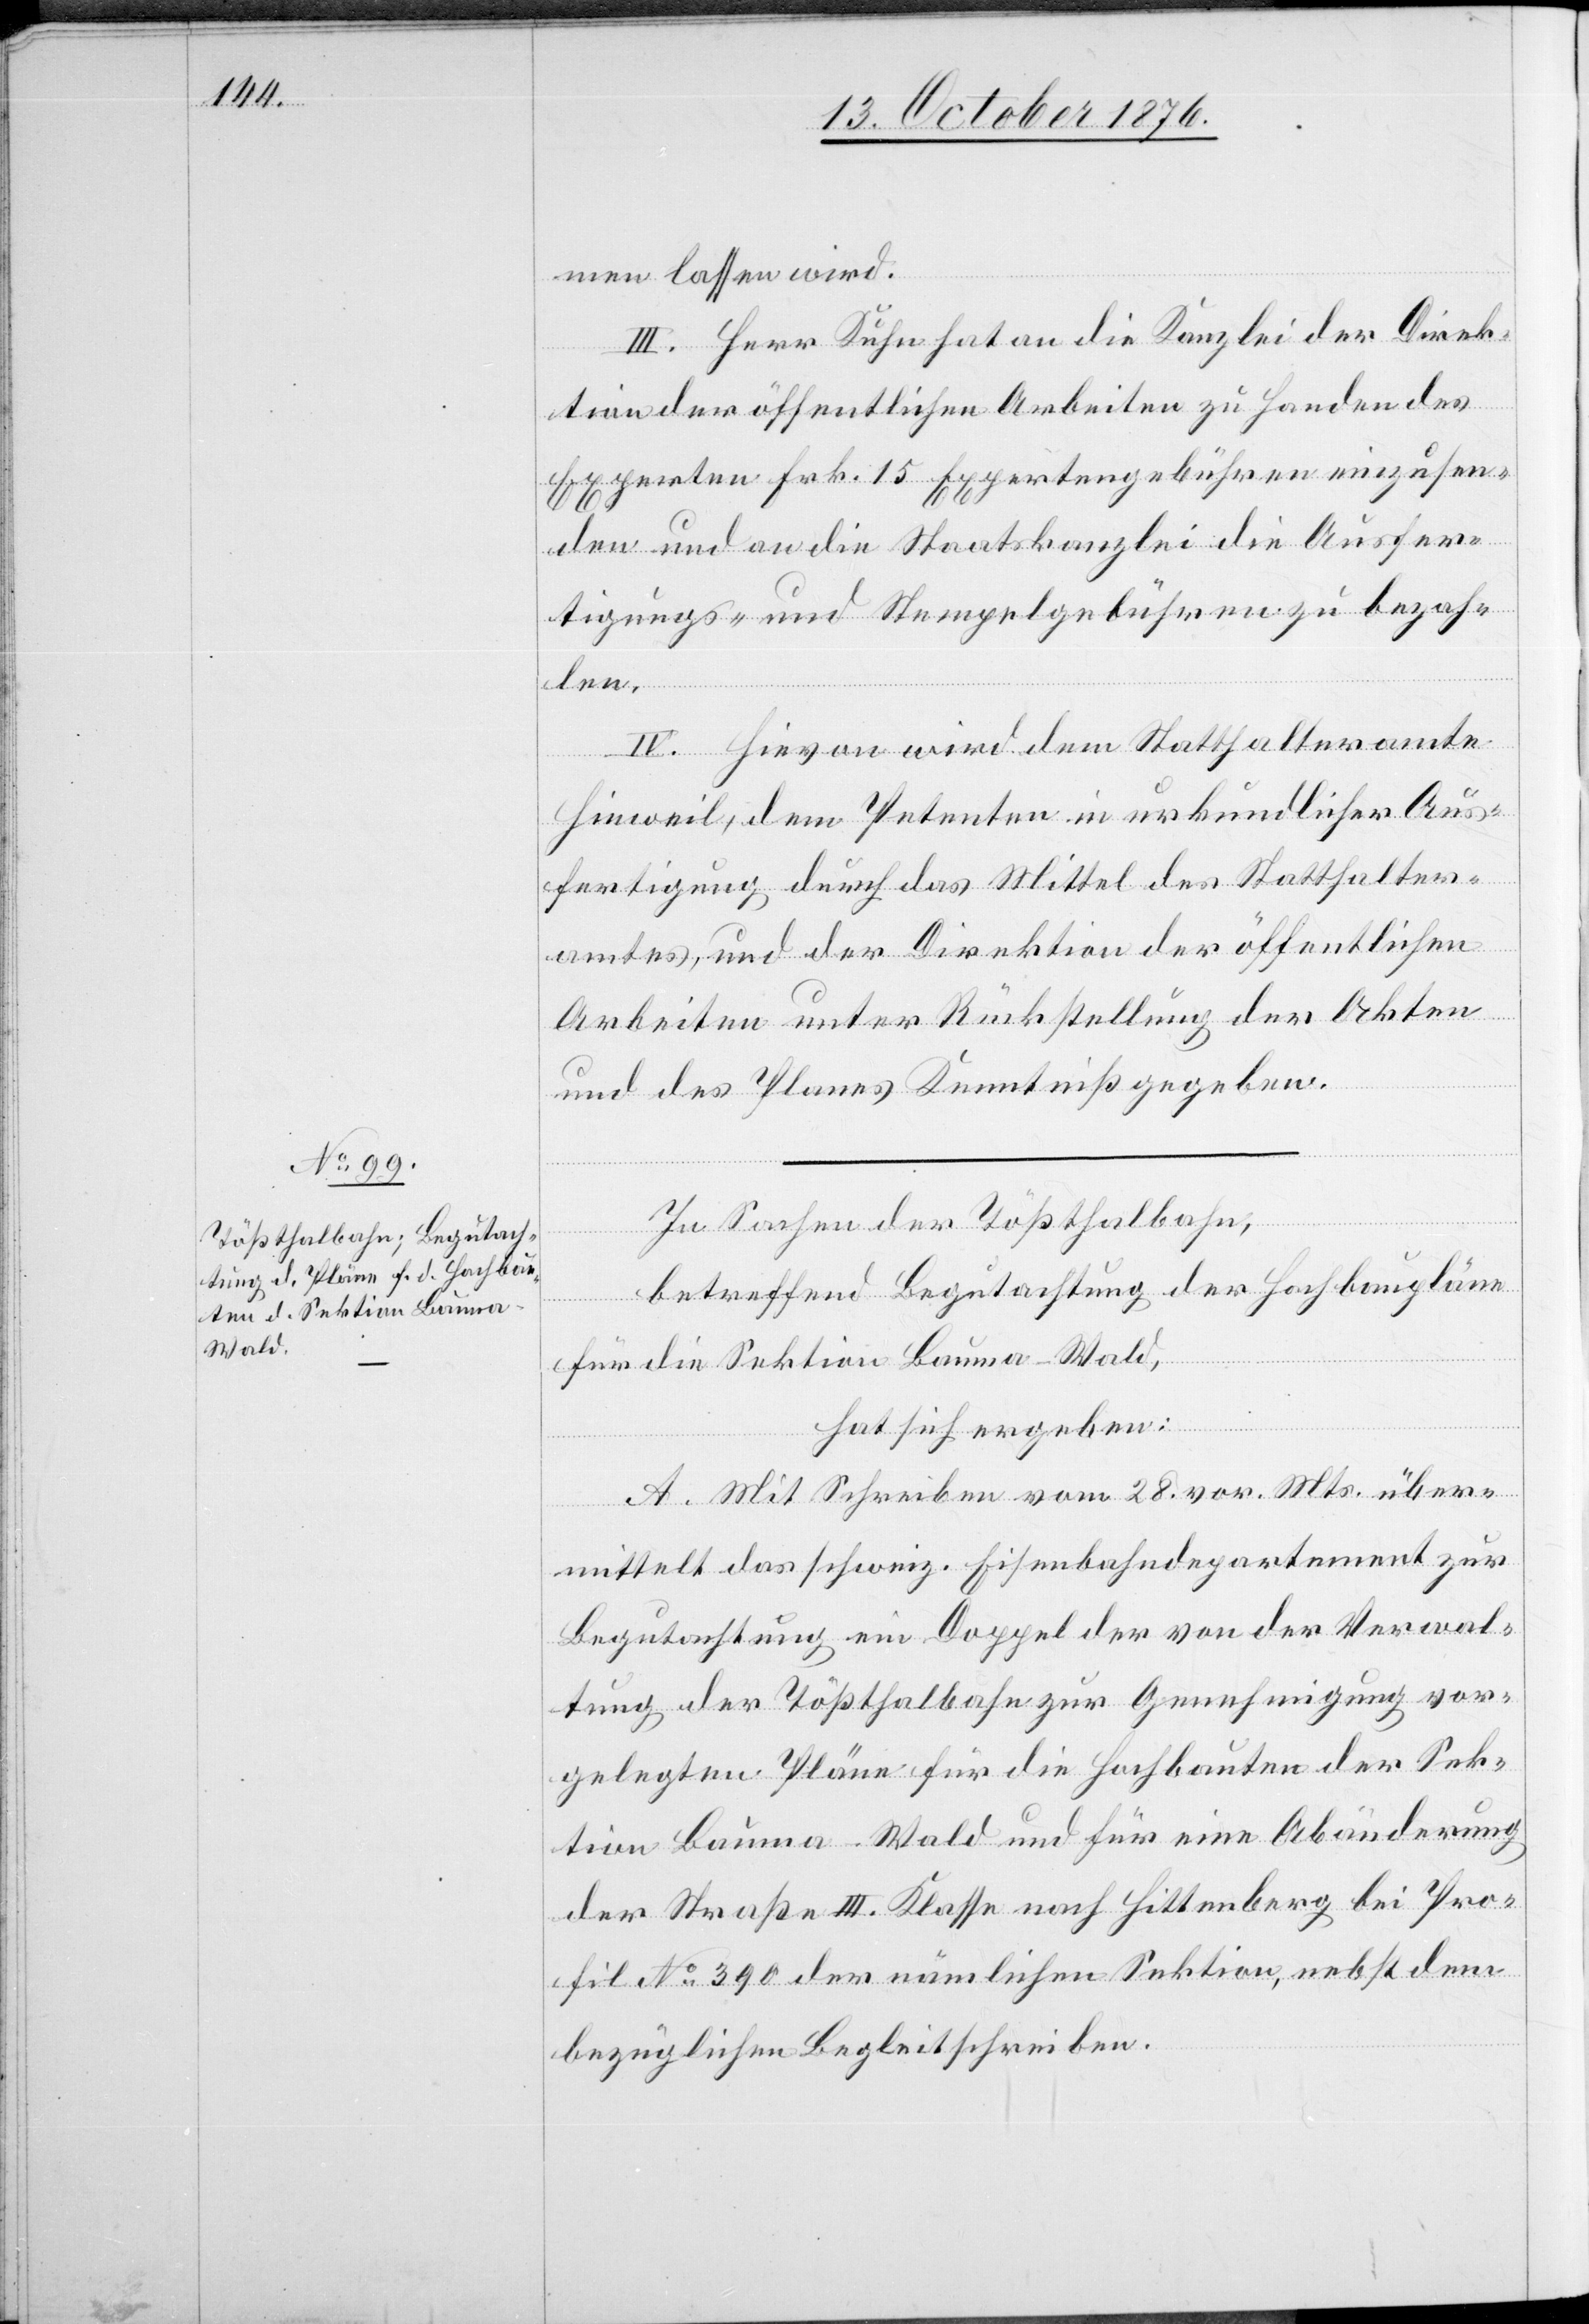
men lassen wird.
II. Herr Kuhn hat an die Kanzlei der Direk¬
tion der öffentlichen Arbeiten zu Handen des
Experten Frk. 15 Expertengebühren einzusen¬
den und an die Staatskanzlei die Ausfer¬
tigungs- und Stempelgebühren zu bezah¬
len.
II. Hievon wird dem Statthalteramte
Hinweil, dem Petenten in urkundlicher Aus¬
fertigung durch das Mittel des Statthalter¬
amtes, und der Direktion der öffentlichen
Arbeiten unter Rückstellung der Akten
und des Planes Kenntniß gegeben.
In Sachen der Tößthalbahn,
betreffend Begutachtung der Hochbaupläne
für die Sektion Bauma–Wald,
hat sich ergeben:
A. Mit Schreiben vom 28. vor. Mts. über¬
mittelt das schweiz. Eisenbahndepartement zur
Begutachtung ein Doppel der von der Verwal¬
tung der Tößthalbahn zur Genehmigung vor¬
gelegten Pläne für die Hochbauten der Sek¬
tion Bauma–Wald und für eine Abänderung
der Straße III. Klasse nach Hittenberg bei Pro¬
fil No 390 der nämlichen Sektion, nebst dem
bezüglichen Begleitschreiben.